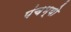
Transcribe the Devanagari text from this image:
पंचभ्यो